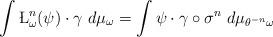
LaTeX: \begin{align*} \int\L_\omega^n(\psi)\cdot \gamma~d\mu_\omega=\int\psi\cdot \gamma\circ \sigma^n~d\mu_{\theta^{-n}\omega} \end{align*}